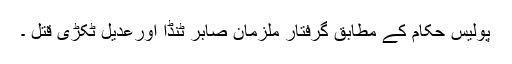
پولیس حکام کے مطابق گرفتار ملزمان صابر ٹنڈا اورعدیل ٹکڑی قتل ۔